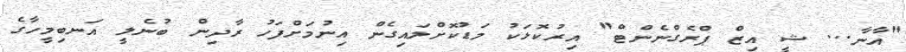
"އާނާ... ޝީ އިޒް ޕްރެގްނެންޓް" އިރުކޮޅަކު މަޑުކޮށްލައިގެން އިނުމަށްފަހު ރާދިން ބުނެލީ އަނބިމީހާގެ